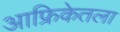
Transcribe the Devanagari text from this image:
आफ्रिकेतला